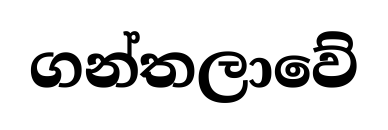
ගන්තලාවේ